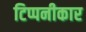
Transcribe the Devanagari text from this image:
टिप्पनीकार